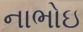
નાભોઇ